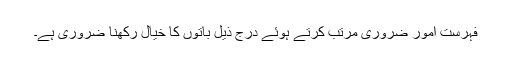
فہرست امورِ ضروری مرتب کرتے ہوئے درج ذیل باتوں کا خیال رکھنا ضروری ہے۔